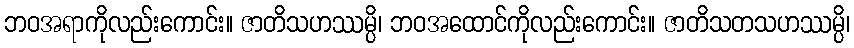
ဘဝအရာကိုလည်းကောင်း။ ဇာတိသဟဿမ္ပိ၊ ဘဝအထောင်ကိုလည်းကောင်း။ ဇာတိသတသဟဿမ္ပိ၊